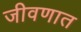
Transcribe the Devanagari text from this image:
जीवणात